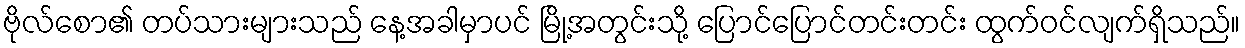
ဗိုလ်စော၏ တပ်သားများသည် နေ့အခါမှာပင် မြို့အတွင်းသို့ ပြောင်ပြောင်တင်းတင်း ထွက်ဝင်လျက်ရှိသည်။